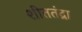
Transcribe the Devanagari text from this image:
शीततंद्रा